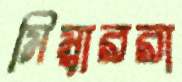
মিম্বাররা